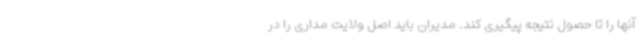
آنها را تا حصول نتیجه پیگیری کند. مدیران باید اصل ولایت مداری را در